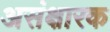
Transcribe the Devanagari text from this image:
असंक्षारक